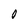
Character: O